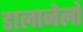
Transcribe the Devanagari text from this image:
डालानेलो